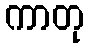
ကာတု